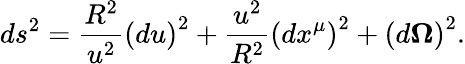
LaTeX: ds^{2}=\frac{R^{2}}{u^{2}}\left(du\right)^{2}+\frac{u^{2}}{R^{2}}\left(dx^{\mu}\right)^{2}+\left(d{\mathbf\Omega}\right)^{2}.